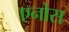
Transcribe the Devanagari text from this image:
एनोस